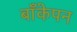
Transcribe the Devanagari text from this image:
बाँकेपन